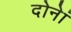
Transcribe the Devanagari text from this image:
दोनेां